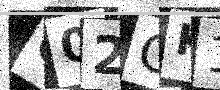
Text: Q02CK1